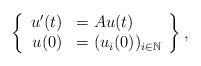
\begin{align*}\left\{\begin{array}{rl}u'(t )&= Au(t) \\u(0) & =(u_i(0))_{i\in\mathbb{N}}\end{array}\right\},\end{align*}